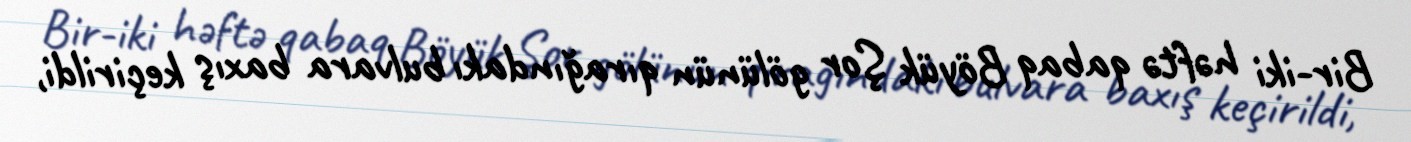
Bir-iki həftə qabaq Böyük Şor gölünün qırağındakı bulvara baxış keçirildi,